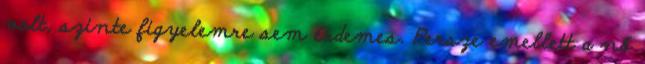
volt, szinte figyelemre sem érdemes. Persze emellett a nő